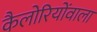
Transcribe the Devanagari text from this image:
कैलोरियोंवाला